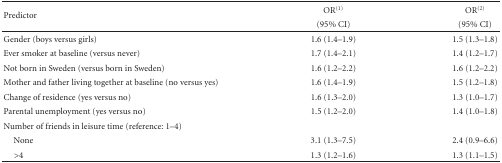
<table><thead><tr><td rowspan="2"><b>Predictor</b></td><td><b>OR<sup>(1)</sup></b></td><td><b>OR<sup>(2)</sup></b></td></tr><tr><td><b>(95% CI)</b></td><td><b>(95% CI)</b></td></tr></thead><tbody><tr><td>Gender (boys versus girls)</td><td>1.6 (1.4–1.9)</td><td>1.5 (1.3–1.8)</td></tr><tr><td>Ever smoker at baseline (versus never)</td><td>1.7 (1.4–2.1)</td><td>1.4 (1.2–1.7)</td></tr><tr><td>Not born in Sweden (versus born in Sweden)</td><td>1.6 (1.2–2.2)</td><td>1.6 (1.2–2.2)</td></tr><tr><td>Mother and father living together at baseline (no versus yes)</td><td>1.6 (1.4–1.9)</td><td>1.5 (1.2–1.8)</td></tr><tr><td>Change of residence (yes versus no)</td><td>1.6 (1.3–2.0)</td><td>1.3 (1.0–1.7)</td></tr><tr><td>Parental unemployment (yes versus no)</td><td>1.5 (1.2–2.0)</td><td>1.4 (1.0–1.8)</td></tr><tr><td>Number of friends in leisure time (reference: 1–4)</td><td></td><td></td></tr><tr><td> None</td><td>3.1 (1.3–7.5)</td><td>2.4 (0.9–6.6)</td></tr><tr><td> &gt;4</td><td>1.3 (1.2–1.6)</td><td>1.3 (1.1–1.5)</td></tr></tbody></table>